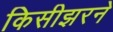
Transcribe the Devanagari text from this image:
किसीझरने